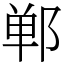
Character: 郸